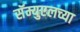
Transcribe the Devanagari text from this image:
सॅम्युएलच्या